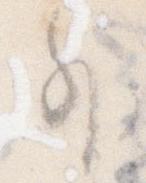
外